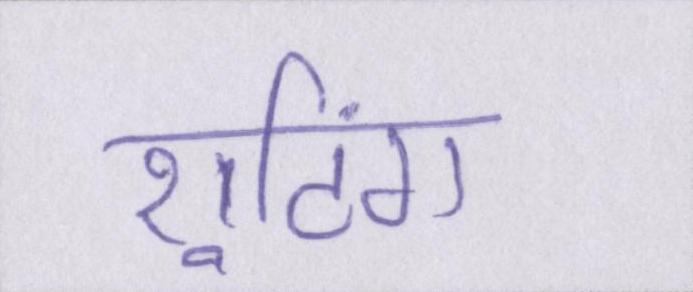
शूटिंग